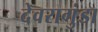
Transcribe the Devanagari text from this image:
देवरागुंडा